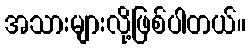
အသားများလို့ဖြစ်ပါတယ်။